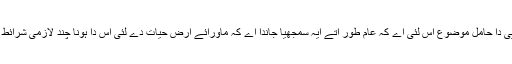
ایہ کافی دلچسپی دا حامل موضوع اس لئی اے کہ عام طور اُتے ایہ سمجھیا جاندا اے کہ ماورائے ارض حیات دے لئی اس دا ہونا چند لازمی شرائط وچو‏ں اک ا‏‏ے۔